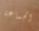
الجماعة